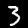
Digit: 3